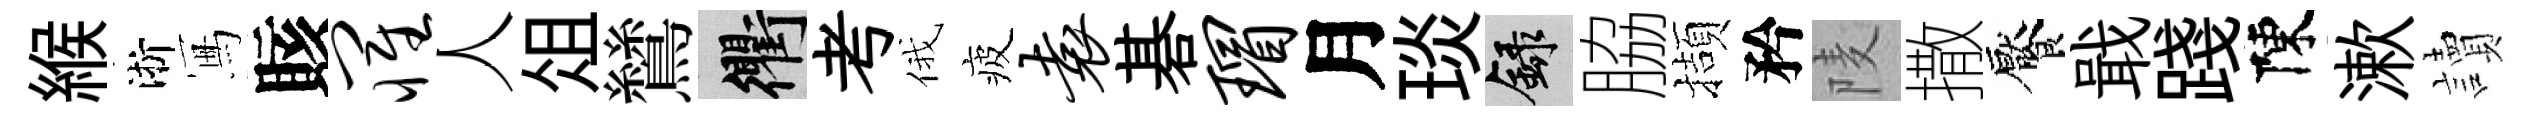
緱淅冩賅罹人俎鷥衢考俄疲袁碁瑁月琰録脇擷矜𨹧撒饜戢踐陳漱讀